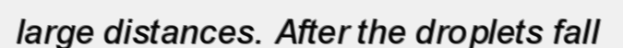
large distances. After the droplets fall